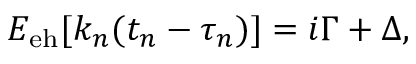
\begin{array} { r } { E _ { \mathrm { e h } } [ k _ { n } ( t _ { n } - \tau _ { n } ) ] = i \Gamma + \Delta , } \end{array}